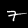
Digit: 7